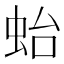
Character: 𧉟